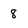
Character: 8